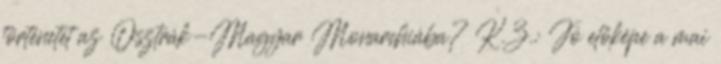
történetet az Osztrák-Magyar Monarchiába? K.Z.: Jó előképe a mai